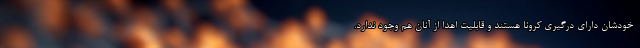
‌ خودشان دارای درگیری کرونا هستند و قابلیت اهدا از آنان هم وجود ندارد.